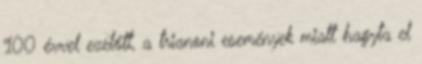
100 évvel ezelőtt, a trianoni események miatt hagyta el